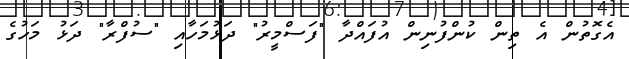
އެގޮތުން އެ ތިން ކުންފުނިން އުފައްދާ "ފަސްމީރު" ދަޅުމަހާއި "ސުފްރާ" ދަޅު މަހުގެ